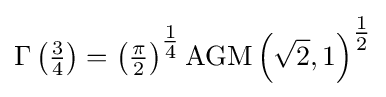
\Gamma \left({\tfrac {3}{4}}\right)=\left({\tfrac {\pi }{2}}\right)^{\tfrac {1}{4}}{\operatorname {AGM} \left({\sqrt {2}},1\right)}^{\tfrac {1}{2}}